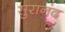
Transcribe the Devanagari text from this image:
सुरानंद